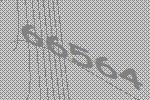
66564